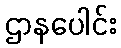
ဌာနပေါင်း